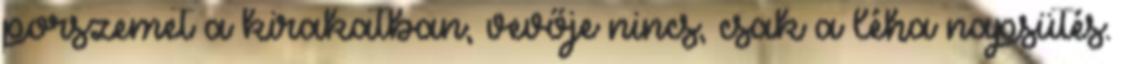
porszemet a kirakatban, vevője nincs, csak a léha napsütés.